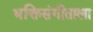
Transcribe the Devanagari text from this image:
भक्तिसंगीताला